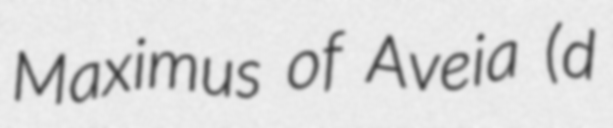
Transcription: Maximus of Aveia (d